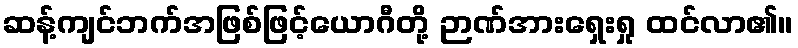
ဆန့်ကျင်ဘက်အဖြစ်ဖြင့်ယောဂီတို့ ဉာဏ်အားရှေးရှု ထင်လာ၏။